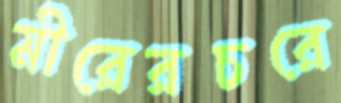
মীরেরচরে